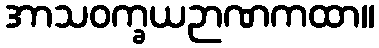
အာသဝက္ခယဉာဏကထာ။